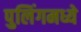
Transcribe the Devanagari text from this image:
पुलिंगमध्ये